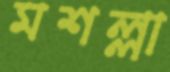
মশল্লা